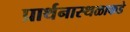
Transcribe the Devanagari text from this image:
प्रार्थनास्थळाकडे